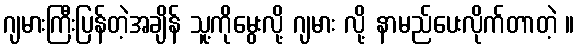
ဂျမားကြီးပြန်တဲ့အချိန် သူ့ကိုမွေးလို့ ဂျမား လို့ နာမည်ပေးလိုက်တာတဲ့ ။